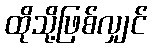
ထိုသို့ဖြစ်လျှင်